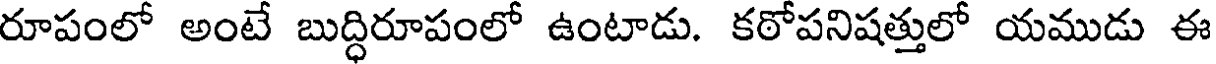
రూపంలో అంటే బుద్ధిరూపంలో ఉంటాడు. కఠోపనిషత్తులో యముడు ఈ